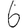
Digit: 6